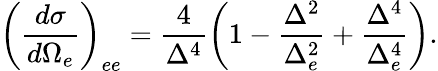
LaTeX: \left(\frac{d{\sigma}}{d\Omega_{e}}\right)_{ee}=\frac{4}{\Delta^{4}}\left(1-\frac{\Delta^{2}}{\Delta_{e}^{2}}+\frac{\Delta^{4}}{\Delta_{e}^{4}}\right).